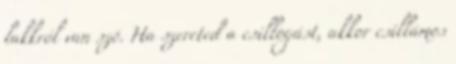
lakkról van szó. Ha szereted a csillogást, akkor csillámos